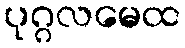
ပုဂ္ဂလမေထ